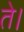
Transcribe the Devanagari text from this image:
ते।